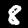
Label: 8